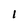
Character: 1